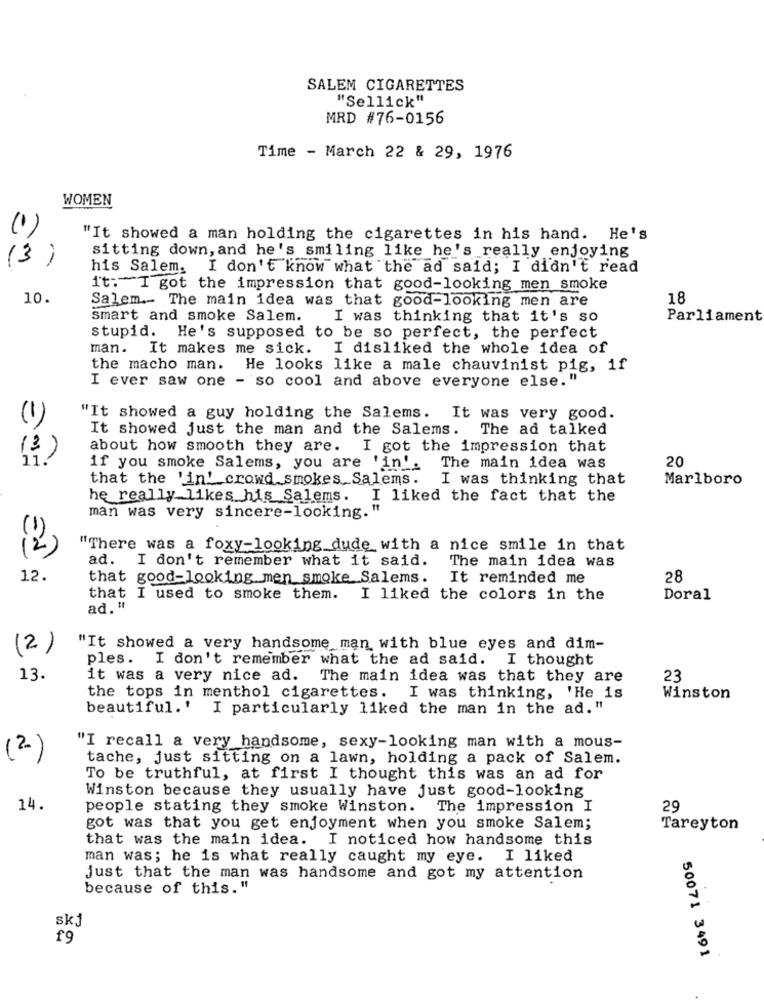
SALEM CIGARETTES
"Sellick"
MRD #76-0156
Time - March 22 & 29, 1976
WOMEN
(1)
"It showed a man holding the cigarettes in his hand. He's
sitting down, and he's smiling like he's really enjoying
(3)
his Salem. I don't know what the ad said; I didn't read
i't: I got the impression that good-looking men smoke
10.
Salem ._ The main idea was that good-looking men are
18
smart and smoke Salem.
I was thinking that it's so
Parliament
stupid. He's supposed to be so perfect, the perfect
man.
It makes me sick. I disliked the whole idea of
the macho man. He looks like a male chauvinist pig, if
I ever saw one - so cool and above everyone else."
"It showed a guy holding the Salems. It was very good.
(1)
It showed just the man and the Salems.
The ad talked
about how smooth they are.
I got the impression that
20
if you smoke Salems, you are 'in'.
The main idea was
that the 'in' crowd smokes Salems.
I was thinking that
Marlboro
he really likes his Salems. I liked the fact that the
man was very sincere-looking.
(2)
"There was a foxy-looking dude with a nice smile in that
ad. I don't remember what it said.
The main idea was
12.
that good-looking men smoke Salems.
It reminded me
28
that I used to smoke them.
I liked the colors in the
Doral
ad. "
(2)
"It showed a very handsome man with blue eyes and dim-
ples. I don't remember what the ad said. I thought
13.
it was a very nice ad. The main idea was that they are
23
the tops in menthol cigarettes. I was thinking, 'He is
Winston
beautiful.' I particularly liked the man in the ad."
"I recall a very handsome, sexy-looking man with a mous-
(2)
tache, just sitting on a lawn, holding a pack of Salem.
To be truthful, at first I thought this was an ad for
Winston because they usually have just good-looking
14.
people stating they smoke Winston. The impression I
29
got was that you get enjoyment when you smoke Salem;
Tareyton
that was the main idea. I noticed how handsome this
man was; he is what really caught my eye. I liked
just that the man was handsome and got my attention
because of this."
skj
£9
50071 3491